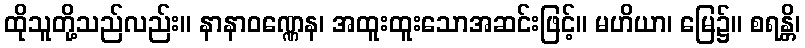
ထိုသူတို့သည်လည်း။ နာနာဝဏ္ဏေန၊ အထူးထူးသောအဆင်းဖြင့်။ မဟိယာ၊ မြေ၌။ စရန္တိ၊